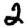
Digit: 2